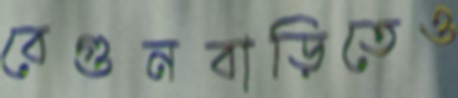
বেগুনবাড়িতেও